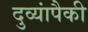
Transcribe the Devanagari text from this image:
दुव्यांपैकी